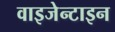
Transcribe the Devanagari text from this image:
वाइजेन्टाइन